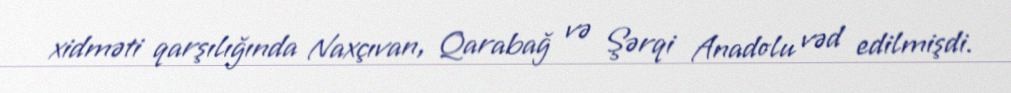
xidməti qarşılığında Naxçıvan, Qarabağ və Şərqi Anadolu vəd edilmişdi.